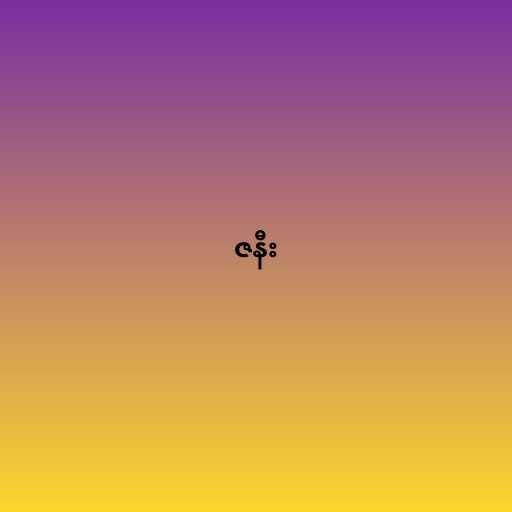
ဇနီး